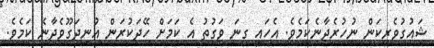
ޝައުގުވެރިކަން ނުހުރެދާނެކަމެވެ. އެހައި ގިނަ ވަގުތު އެ ކަމަށް ހޭދަކުރަން އުނދަގޫވެދާނެ ކަމެވެ.